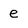
Character: e